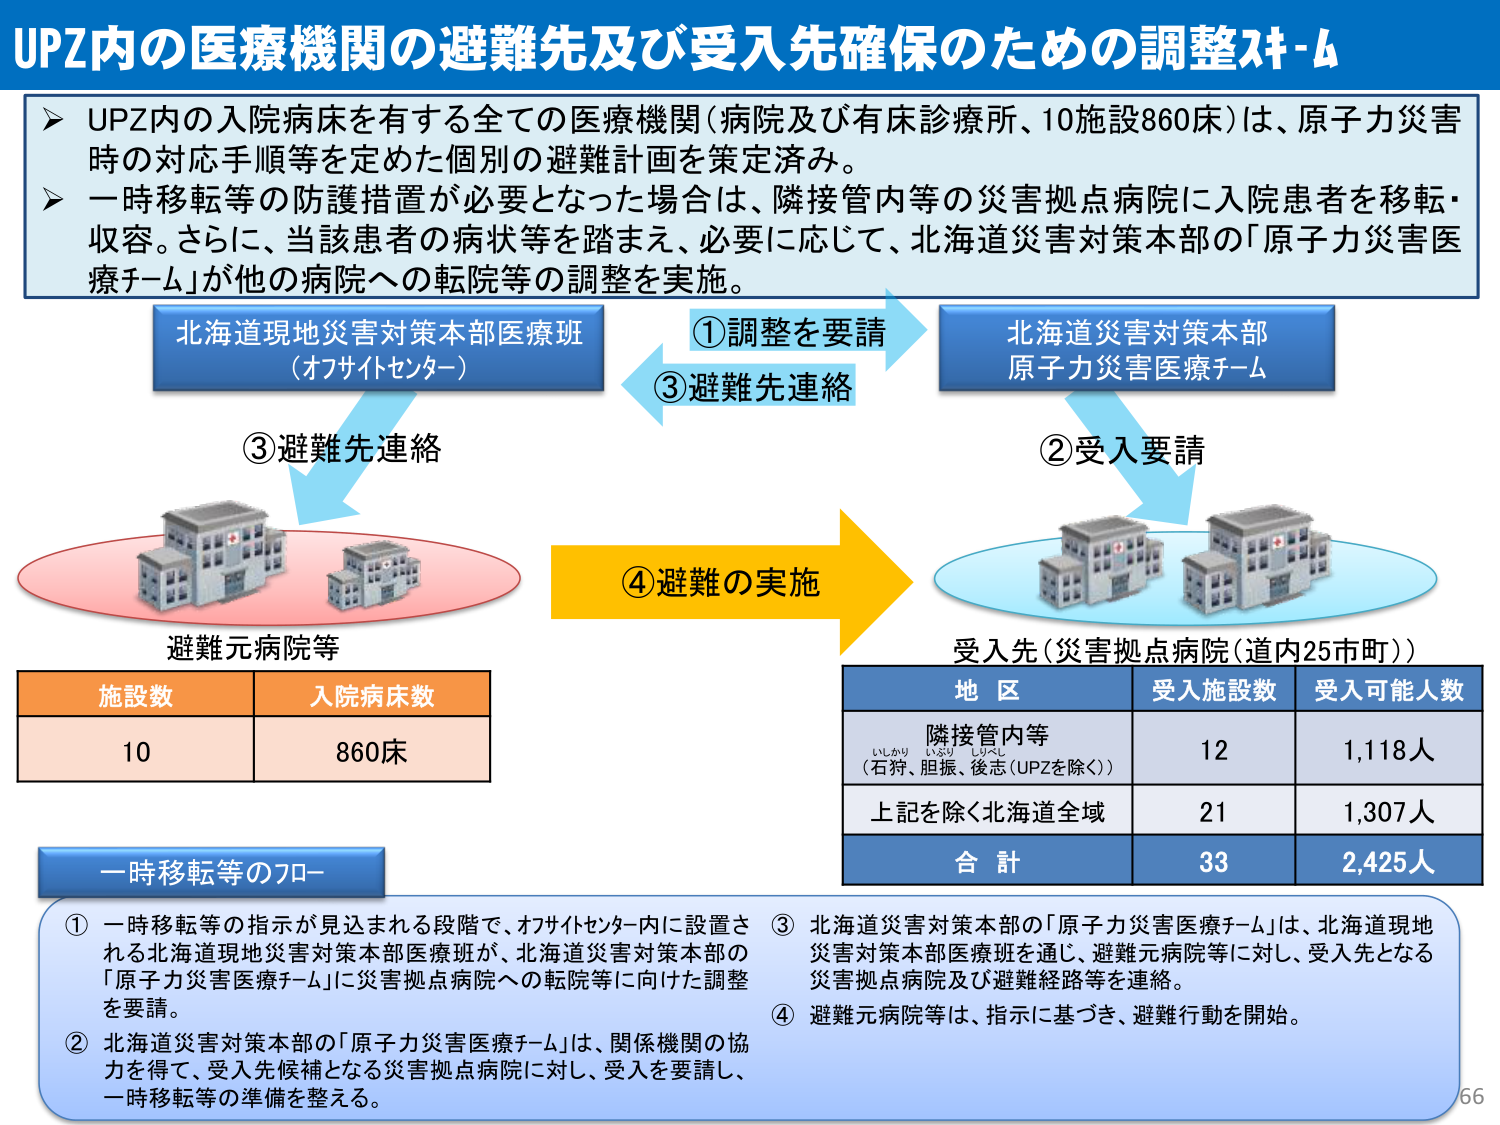
UPZ内の医療機関の避難先及び受入先確保のための調整スキーム

➤ UPZ内の入院病床を有する全ての医療機関（病院及び有床診療所、10施設860床）は、原子力災害時の対応手順等を定めた個別の避難計画を策定済み。
➤ 一時移転等の防護措置が必要となった場合は、隣接管内等の災害拠点病院に入院患者を移転・収容。さらに、当該患者の病状等を踏まえ、必要に応じて、北海道災害対策本部の「原子力災害医療チーム」が他の病院への転院等の調整を実施。

北海道現地災害対策本部医療班
（オフサイトセンター）

①調整を要請
③避難先連絡

北海道災害対策本部
原子力災害医療チーム

②受入要請

③避難先連絡

④避難の実施

避難元病院等

施設数　入院病床数
10　　860床

受入先（災害拠点病院（道内25市町））

地区　　　　　受入施設数　受入可能人数
隣接管内等　　12　　　　1,118人
（石狩、胆振、後志（UPZを除く））
上記を除く北海道全域　21　　1,307人
合計　　　　　33　　　　2,425人

一時移転等のフロー

① 一時移転等の指示が見込まれる段階で、オフサイトセンター内に設置される北海道現地災害対策本部医療班が、北海道災害対策本部の「原子力災害医療チーム」に災害拠点病院への転院等に向けた調整を要請。
② 北海道災害対策本部の「原子力災害医療チーム」は、関係機関の協力を得て、受入先候補となる災害拠点病院に対し、受入を要請し、一時移転等の準備を整える。
③ 北海道災害対策本部の「原子力災害医療チーム」は、北海道現地災害対策本部医療班を通じ、避難元病院等に対し、受入先となる災害拠点病院及び避難経路等を連絡。
④ 避難元病院等は、指示に基づき、避難行動を開始。

66